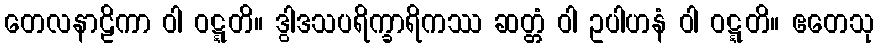
တေလနာဠိကာ ဝါ ဝဋ္ဋတိ။ ဒွါဒသပရိက္ခာရိကဿ ဆတ္တံ ဝါ ဥပါဟနံ ဝါ ဝဋ္ဋတိ။ ဧတေသု